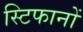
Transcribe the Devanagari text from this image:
स्टिफानों